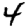
Digit: 4